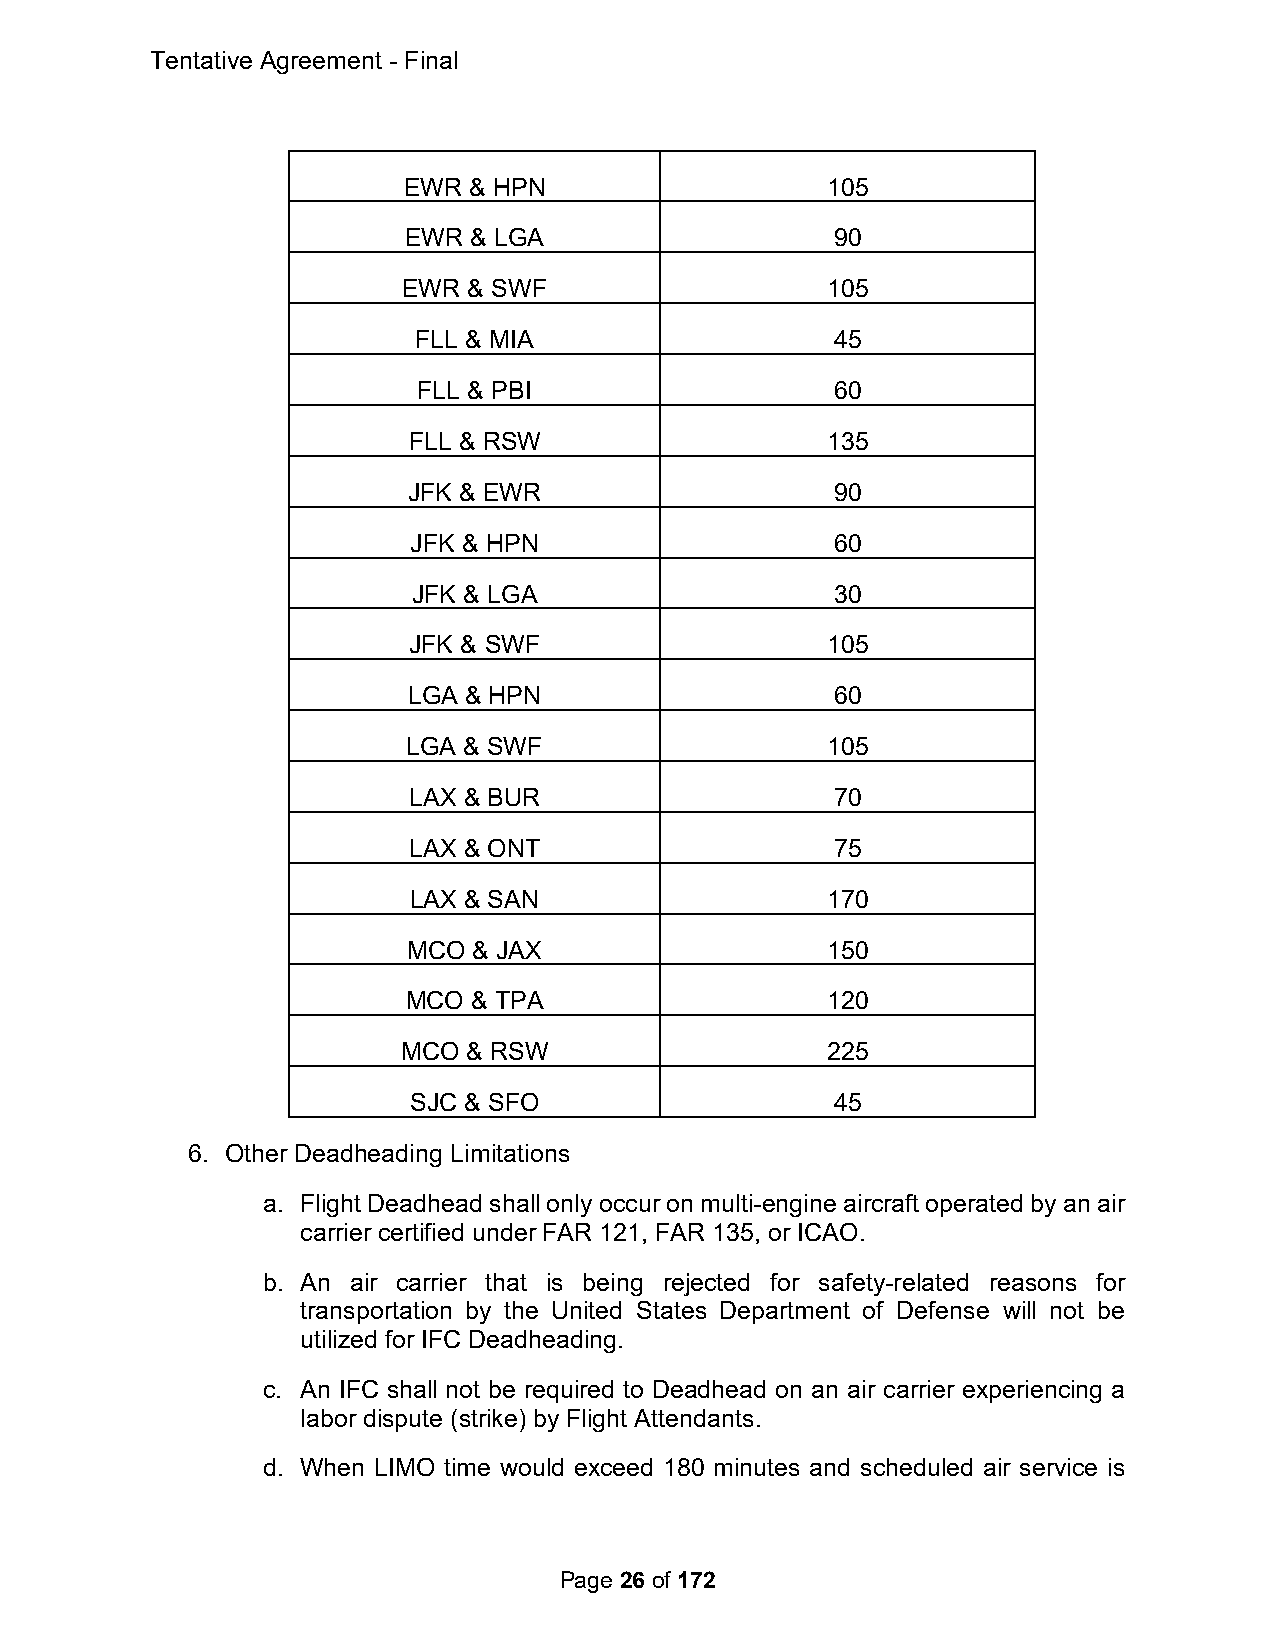
Tentative Agreement - Final
 EWR & HPN                   105
 EWR & LGA                   90
 EWR & SWF                   105
 FLL & MIA                  45
 FLL & PBI                  60
 FLL & RSW                   135
 JFK & EWR                   90
 JFK & HPN                   60
 JFK & LGA                   30
 JFK & SWF                   105
 LGA & HPN                   60
 LGA & SWF                   105
 LAX & BUR                   70
 LAX & ONT                   75
 LAX & SAN                   170
 MCO & JAX                   150
 MCO & TPA                   120
 MCO & RSW                   225
 SJC & SFO                   45
 6. Other Deadheading Limitations
 a. Flight Deadhead shall only occur on multi-engine aircraft operated by an air
 carrier certified under FAR 121, FAR 135, or ICAO.
 b. An air carrier that is being rejected for safety-related reasons for
 transportation by the United States Department of Defense will not be
 utilized for IFC Deadheading.
 c. An IFC shall not be required to Deadhead on an air carrier experiencing a
 labor dispute (strike) by Flight Attendants.
 d. When LIMO time would exceed 180 minutes and scheduled air service is
 Page 26 of 172